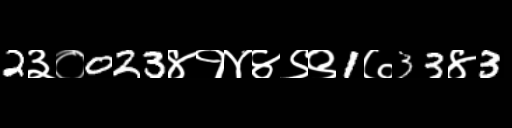
Text: 2३०023४१४४९९1७33४3